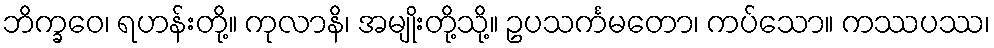
ဘိက္ခဝေ၊ ရဟန်းတို့။ ကုလာနိ၊ အမျိုးတို့သို့။ ဥပသင်္ကမတော၊ ကပ်သော။ ကဿပဿ၊